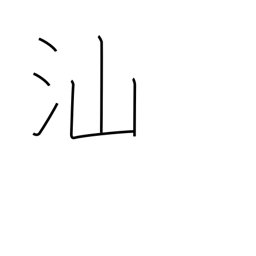
Meaning: fish swimming